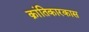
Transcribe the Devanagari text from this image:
क्रांतिकारकास